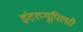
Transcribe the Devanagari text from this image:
इंटरप्यूपिलरी